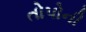
તોપોની